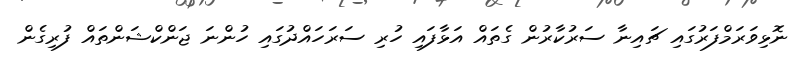
ނޮޅިވަރަމްފަރުގައި ޗައިނާ ސަރުކާރުން ގެތައް އަޅާފައި ހުރި ސަރަހައްދުގައި ހުންނަ ޖަންކްޝަންތައް ފުރިގެން